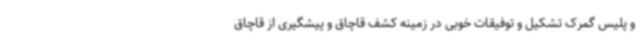
و پلیس گمرک تشکیل و توفیقات خوبی در زمینه کشف قاچاق و پیشگیری از قاچاق